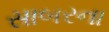
સાબરના